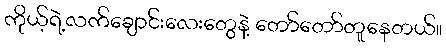
ကိုယ့်ရဲ့လက်ချောင်းလေးတွေနဲ့ တော်တော်တူနေတယ်။